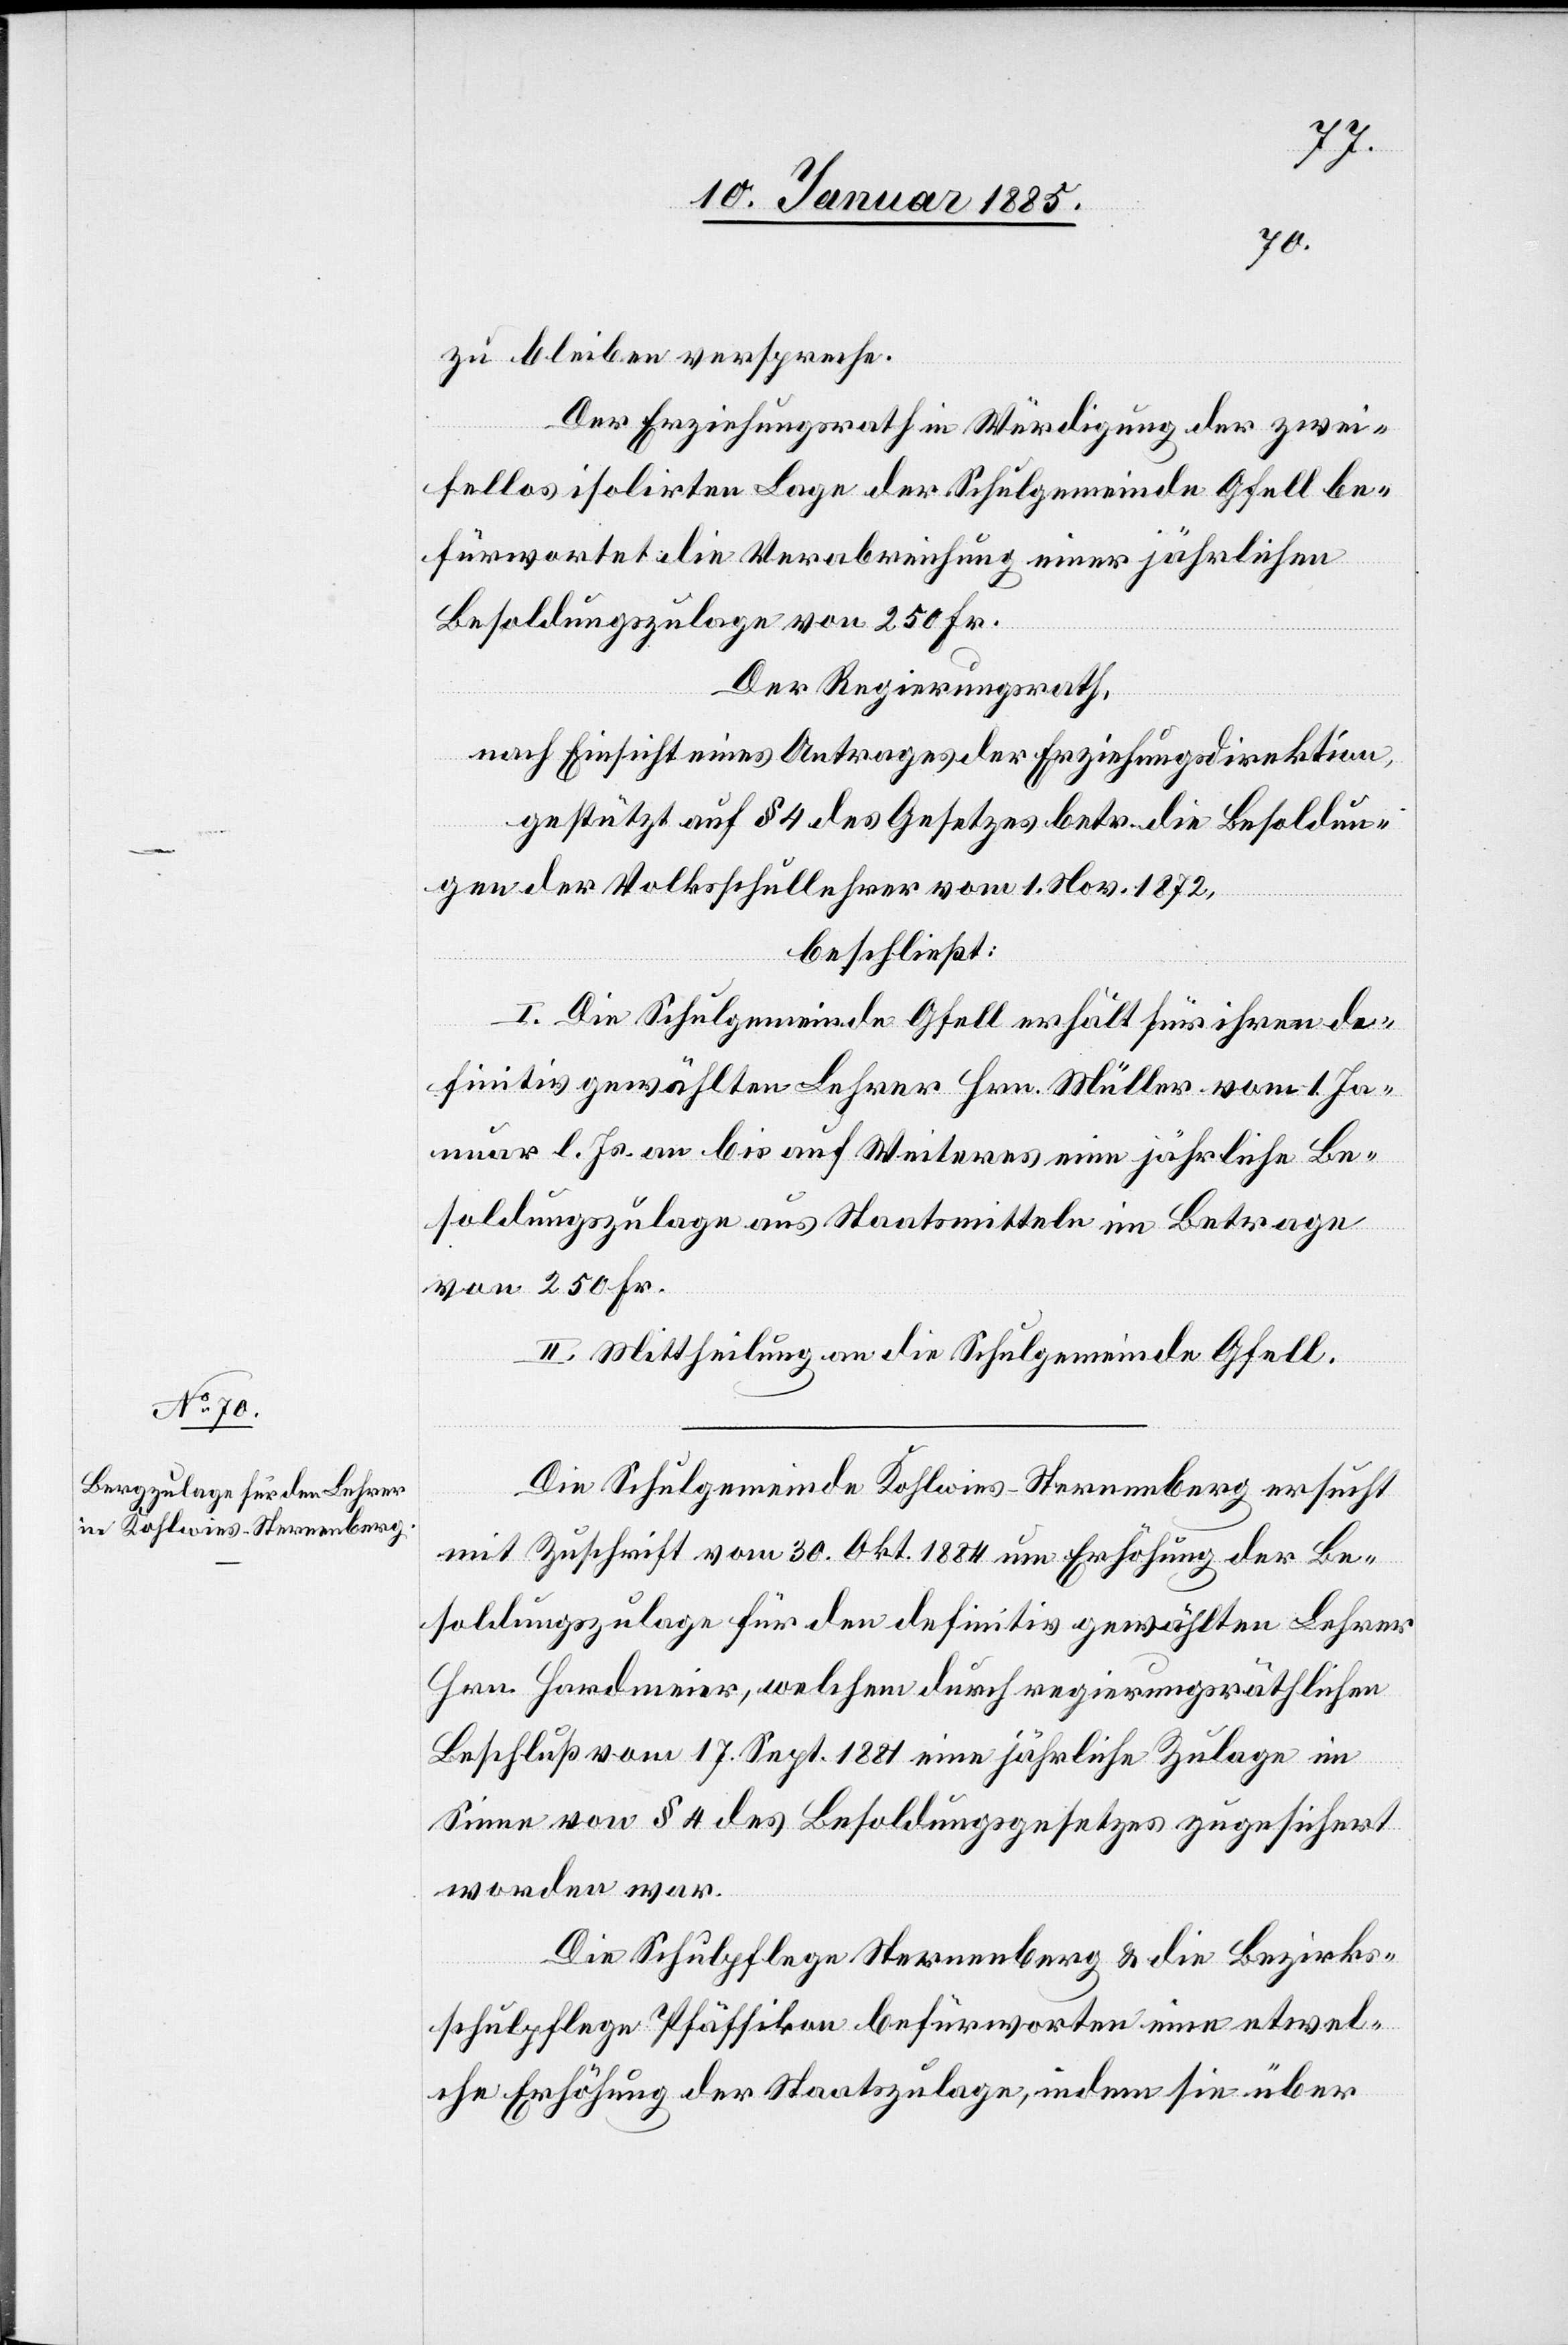
zu bleiben verspreche.
Der Erziehungsrat in Würdigung der zwei¬
fellos isolirten Lage der Schulgemeinde Gfell be¬
fürwortet die Verabreichung einer jährlichen
Besoldungszulage von 250 Fr.
Der Regierungsrath,
nach Einsicht eines Antrages der Erziehungsdirektion,
gestützt auf § 4 des Gesetzes betr. die Besoldun¬
gen der Volksschullehrer vom 1. Nov. 1872,
beschließt:
I. Die Schulgemeinde Gfell erhält für ihren de¬
finitiv gewählten Lehrer Hrn. Müller vom 1. Ja¬
nuar l. Js. an bis auf Weiteres eine jährliche Be¬
soldungszulage aus Staatsmitteln im Betrage
von 250 Fr.
II. Mittheilung an die Schulgemeinde Gfell.
Die Schulgemeinde Kohlwies - Sternenberg ersucht
mit Zuschrift vom 30. Okt. 1884 Erhöhung der Be¬
soldungszulage für den definitiv gewählten Lehrer
Hrn. Hardmeier, welchem durch regierungsräthlichen
Beschluß vom 17. Sept. 1881 eine jährliche Zulage im
Sinne von § 4 des Besoldungsgesetzes zugesichert
worden war.
Die Schulpflege Sternenberg & die Bezirks¬
schulpflege Pfäffikon befürworten eine etwel¬
che Erhöhung der Staatszulage, indem sie über